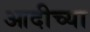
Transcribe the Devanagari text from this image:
आदीच्या